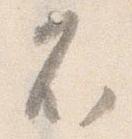
不